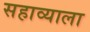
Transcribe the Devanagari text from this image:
सहाव्याला